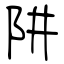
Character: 阱